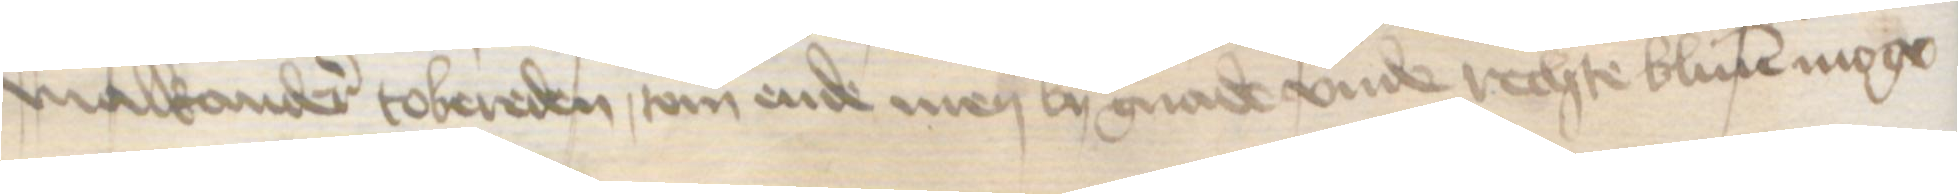
malkander tobereden, tom ende men by gnade vnde rechte bliuen moge